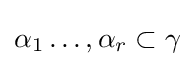
\alpha _{1}\ldots ,\alpha _{r}\subset \gamma